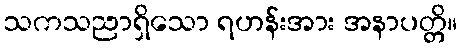
သကသညာရှိသော ရဟန်းအား အနာပတ္တိ။